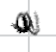
Text: a
Cross-out: mix
Writing tool: digital_black